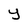
Character: Y